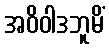
အဝိဝါဒဘူမိံ